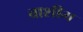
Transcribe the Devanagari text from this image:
बाशीम